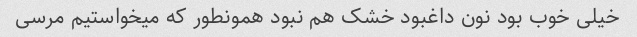
خیلی خوب بود نون داغبود خشک هم نبود همونطور که میخواستیم مرسی